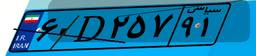
۶۰D۲۵۷۹۱